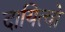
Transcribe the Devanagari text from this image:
दायित्वो